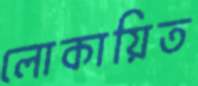
লোকায়িত